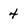
Character: 4